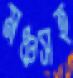
মঞ্চসহ